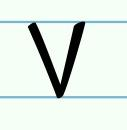
v